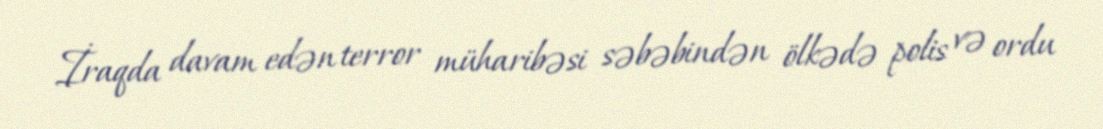
İraqda davam edən terror müharibəsi səbəbindən ölkədə polis və ordu